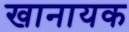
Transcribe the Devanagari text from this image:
खानायक